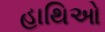
હાથિઓ